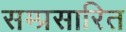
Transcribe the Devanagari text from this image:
सम्प्रसारित